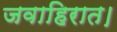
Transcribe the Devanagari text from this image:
जवाहिरात।